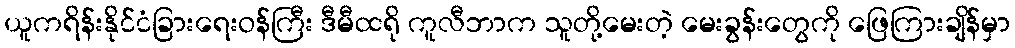
ယူကရိန်းနိုင်ငံခြားရေးဝန်ကြီး ဒီမီထရို ကူလီဘာက သူတို့မေးတဲ့ မေးခွန်းတွေကို ဖြေကြားချိန်မှာ